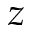
z